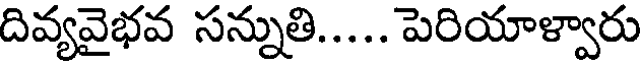
దివ్యవైభవ సన్నుతి..... పెరియాళ్వారు